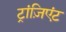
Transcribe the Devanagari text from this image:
ट्रांज़िएंट